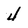
Character: 4